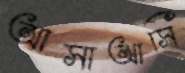
আসাআসি